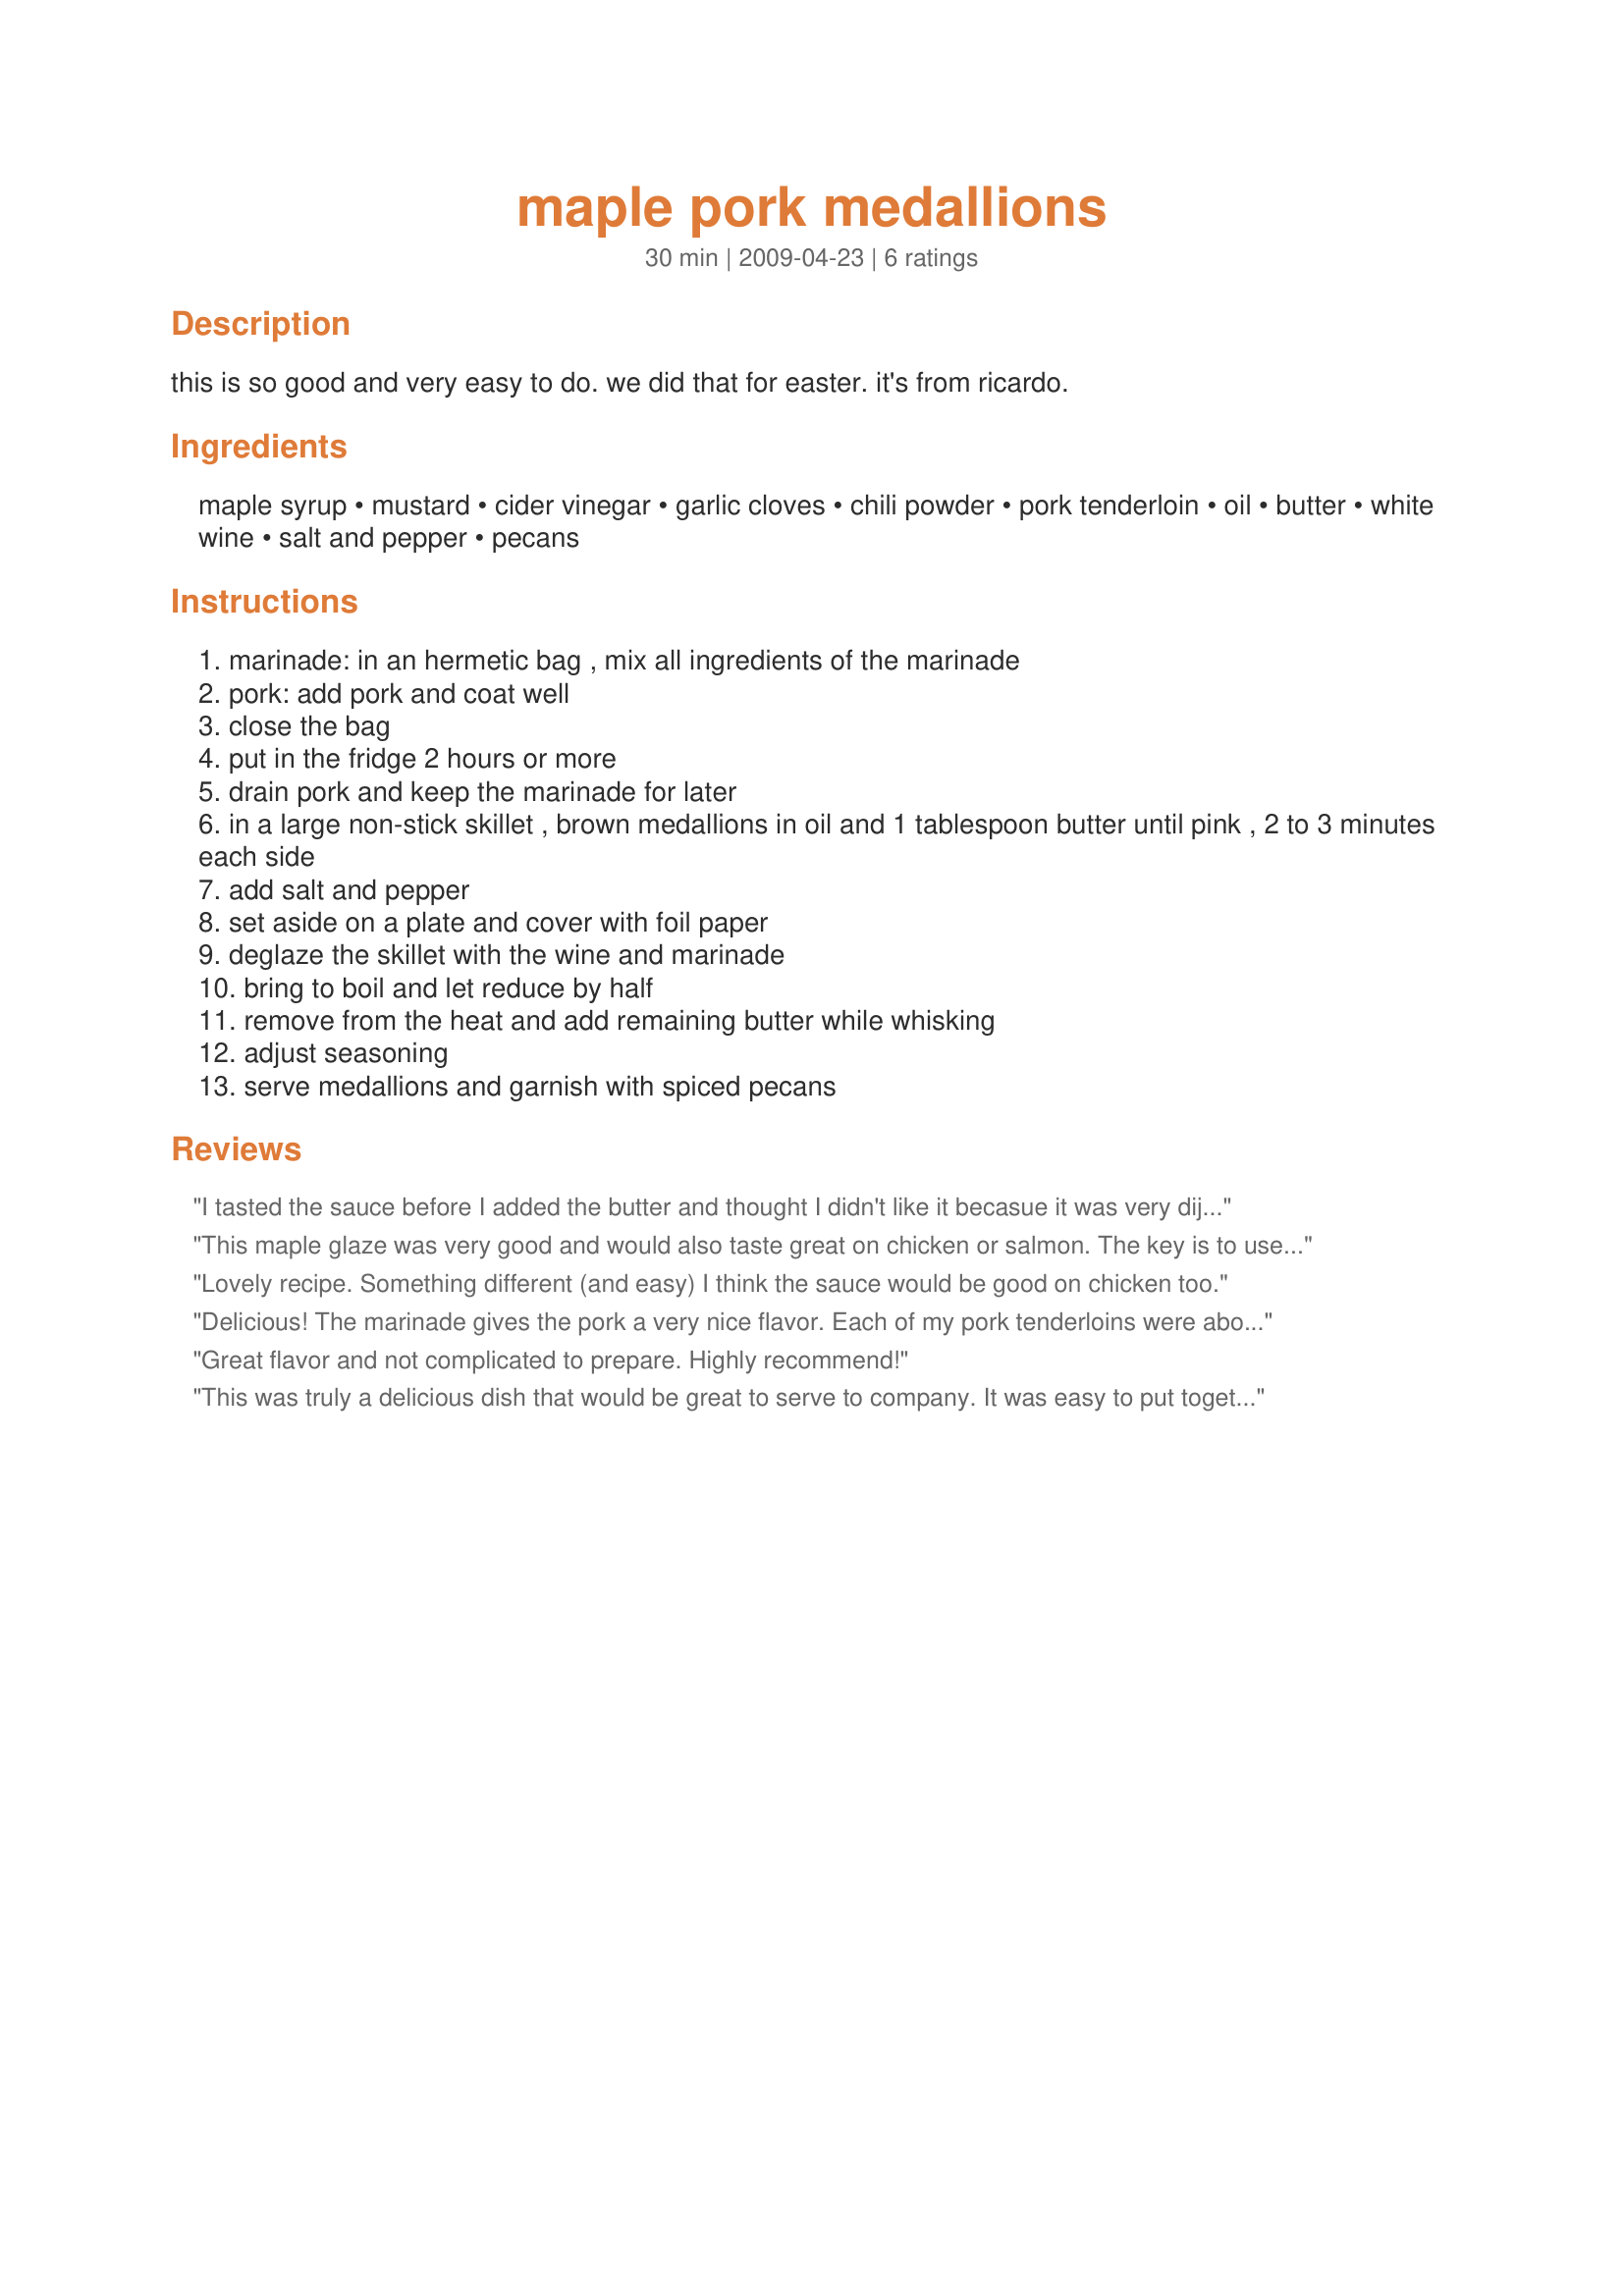
maple pork medallions
Preparation time: 30 minutes

this is so good and very easy to do. we did that for easter. it's from ricardo.

Ingredients:
maple syrup, mustard, cider vinegar, garlic cloves, chili powder, pork tenderloin, oil, butter, white wine, salt and pepper, pecans

Steps:
marinade: in an hermetic bag , mix all ingredients of the marinade
pork: add pork and coat well
close the bag
put in the fridge 2 hours or more
drain pork and keep the marinade for later
in a large non-stick skillet , brown medallions in oil and 1 tablespoon butter until pink , 2 to 3 minutes each side
add salt and pepper
set aside on a plate and cover with foil paper
deglaze the skillet with the wine and marinade
bring to boil and let reduce by half
remove from the heat and add remaining butter while whisking
adjust seasoning
serve medallions and garnish with spiced pecans

Reviews:
I tasted the sauce before I added the butter and thought I didn't like it becasue it was very dijon tasting but AFTER adding the butter and a bit more simmering WOW.
LOVED IT.
The butter seemed to really bring out the sweetness of the maple syrup
Made for Photo Tag and a keeper
This maple glaze was very good and would also taste great on chicken or salmon. The key is to use a good quality real maple syrup.
Lovely recipe. Something different (and easy) I think the sauce would be good on chicken too.
Delicious! The marinade gives the pork a very nice flavor. Each of my pork tenderloins were about a pound a piece so I didn't end of with much marinade left for the sauce. But no worries, I just stirred in some extra maple syrup and mustard in with the wine and it came out perfectly. Thank you for the recipe. Made for Every Day is a Holiday tag.
Great flavor and not complicated to prepare. Highly recommend!
This was truly a delicious dish that would be great to serve to company. It was easy to put together and the flavour is terrific! The pork was so moist! I enjoyed this with Recipe #410503 and mixed veggies. Made for Went to the Market tag. Thanks Boomette! :)
